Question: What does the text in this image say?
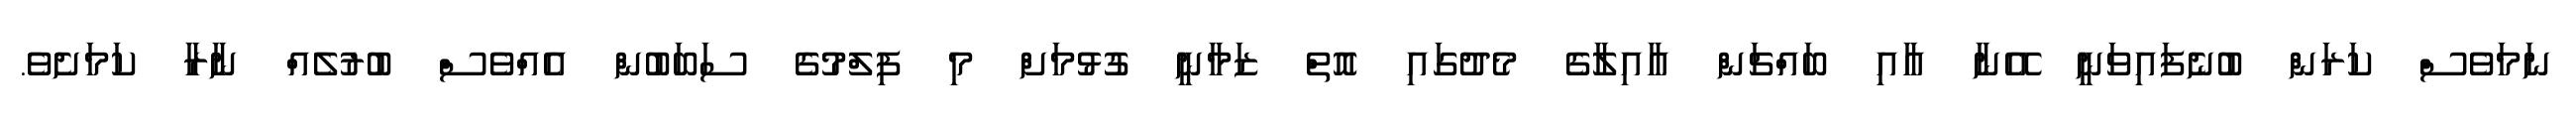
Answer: ނަމަވެސް ކަރަން ބުނެފައިވަނީ އޭނާ އާއި ބައްޗަން އާއިލާގެ މެދުގައި އޮތް ޒަމާނީ ގުޅުމަށް މި ފިލްމުގެ ސަބަބުން އެއްވެސް ބުރުލެއް ނާރާ ކަމަށެވެ.